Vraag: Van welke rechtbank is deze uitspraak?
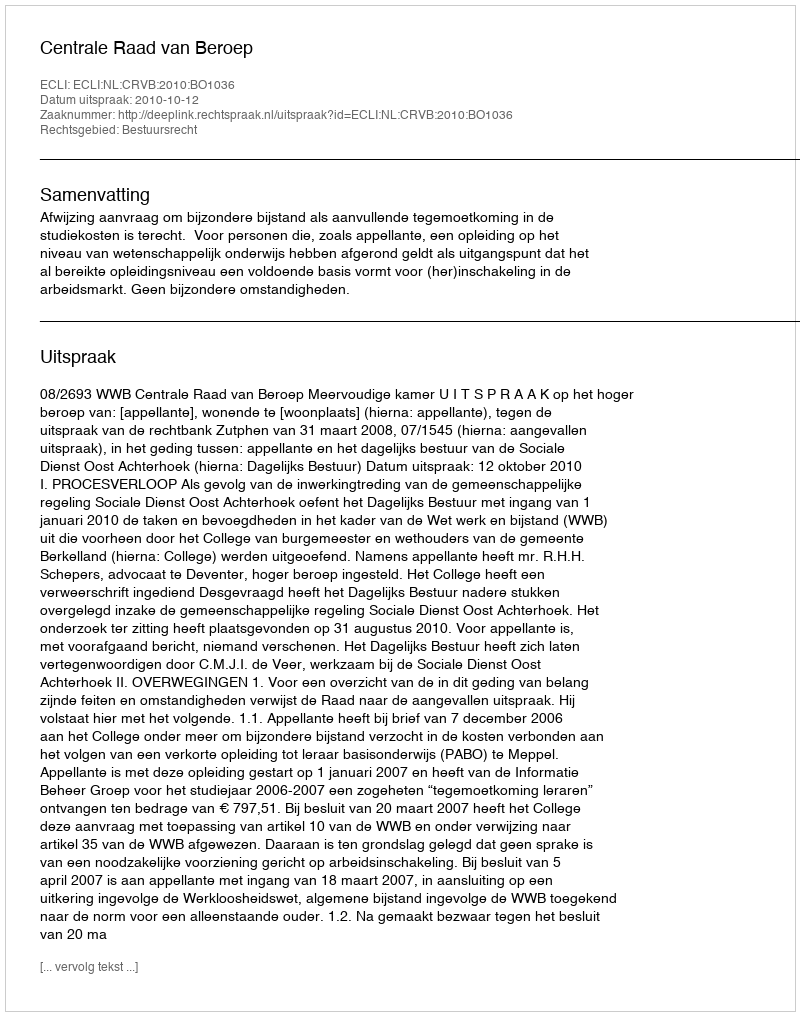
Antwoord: Centrale Raad van Beroep